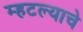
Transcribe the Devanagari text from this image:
म्हटल्याचे